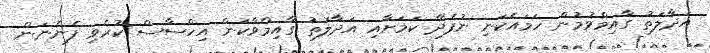
އަދާލަތު ގާއިމްވުމުން ހަމައެކަނި ނުފެދޭ ކަމަށާއި އަދާލަތު ގާއިމްވާކަން އިހްސާސް ކުރެވި ފެންނަން